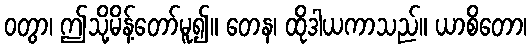
ဝတွာ၊ ဤသို့မိန့်တော်မူ၍။ တေန၊ ထိုဒါယကာသည်။ ယာစိတော၊